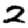
Digit: 2